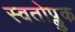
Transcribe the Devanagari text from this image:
स्वतोप्लुक